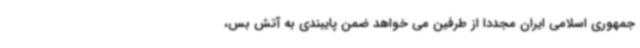
جمهوری اسلامی ایران مجددا از طرفین می خواهد ضمن پایبندی به آتش بس،